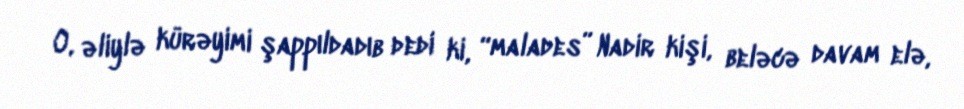
O, əliylə kürəyimi şappıldadıb dedi ki, “malades” Nadir kişi, beləcə davam elə,